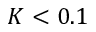
K < 0 . 1